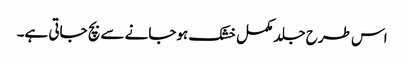
اس طرح جلد مکمل خشک ہوجانے سے بچ جاتی ہے۔